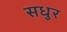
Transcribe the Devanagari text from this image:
सधुर